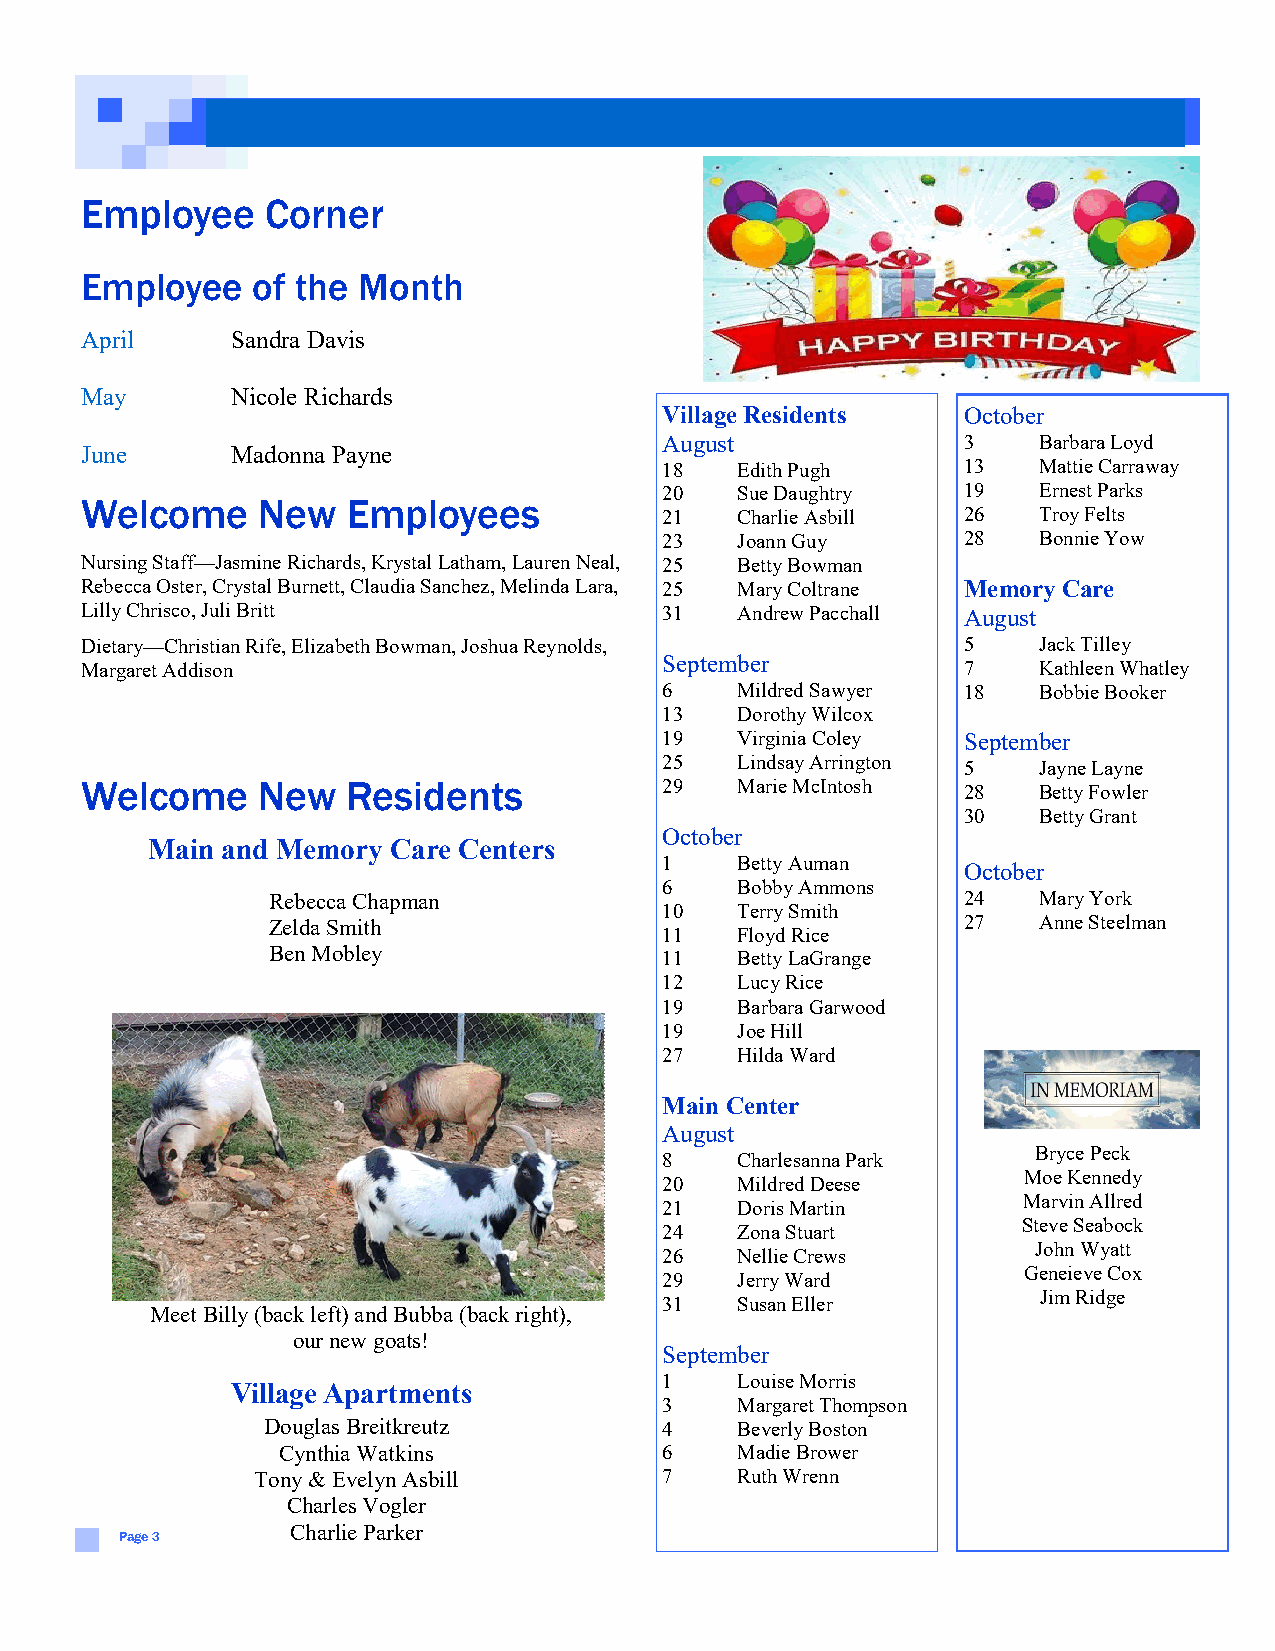
Employee     Corner
 Employee    of the Month
 April     Sandra Davis
 May       Nicole Richards
 Village Residents   October
 August              3    Barbara Loyd
 June      Madonna Payne
 18   Edith Pugh     13   Mattie Carraway
 20   Sue Daughtry   19   Ernest Parks
 Welcome     New   Employees
 21   Charlie Asbill 26   Troy Felts
 23   Joann Guy      28   Bonnie Yow
 Nursing Staff—Jasmine Richards, Krystal Latham, Lauren Neal, 25 Betty Bowman
 Rebecca Oster, Crystal Burnett, Claudia Sanchez, Melinda Lara, 25 Mary Coltrane Memory Care
 Lilly Chrisco, Juli Britt              31   Andrew Pacchall August
 Dietary—Christian Rife, Elizabeth Bowman, Joshua Reynolds, 5    Jack Tilley
 Margaret Addison                       September           7    Kathleen Whatley
 6    Mildred Sawyer 18   Bobbie Booker
 13   Dorothy Wilcox
 19   Virginia Coley September
 25   Lindsay Arrington 5 Jayne Layne
 Welcome     New   Residents            29   Marie McIntosh
 28   Betty Fowler
 30   Betty Grant
 October
 Main and Memory Care Centers
 1    Betty Auman
 October
 6    Bobby Ammons
 Rebecca Chapman                               24   Mary York
 10   Terry Smith
 Zelda Smith                                   27   Anne Steelman
 11   Floyd Rice
 Ben Mobley                11   Betty LaGrange
 12   Lucy Rice
 19   Barbara Garwood
 19   Joe Hill
 27   Hilda Ward
 Main Center
 August
 Bryce Peck
 8    Charlesanna Park
 Moe Kennedy
 20   Mildred Deese
 Marvin Allred
 21   Doris Martin
 Steve Seabock
 24   Zona Stuart
 John Wyatt
 26   Nellie Crews
 Geneieve Cox
 29   Jerry Ward
 Jim Ridge
 31   Susan Eller
 Meet Billy (back left) and Bubba (back right),
 our new goats!
 September
 1    Louise Morris
 Village Apartments
 3    Margaret Thompson
 Douglas Breitkreutz        4    Beverly Boston
 Cynthia Watkins           6    Madie Brower
 Tony & Evelyn Asbill       7    Ruth Wrenn
 Charles Vogler
 Charlie Parker
 Page 3